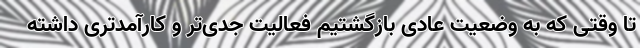
تا وقتی که به وضعیت عادی بازگشتیم فعالیت جدی‌تر و کارآمدتری داشته